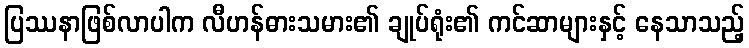
ပြဿနာဖြစ်လာပါက လီဟန်ဓားသမား၏ ချုပ်ရုံး၏ ကင်ဆာများနှင့် နေသာသည့်